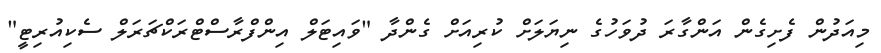
މިއަދުން ފެށިގެން އަންގާރަ ދުވަހުގެ ނިޔަލަށް ކުރިއަށް ގެންދާ "ވައިޓަލް އިންފްރާސްޓްރަކްޗަރަލް ސެކިއުރިޓީ"